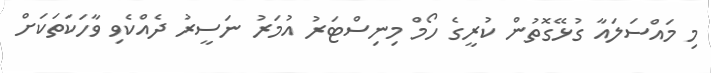
މި މައްސަލައާ ގުޅޭގޮތުން ކުރީގެ ހޯމް މިނިސްޓަރު އުމަރު ނަސީރު ދެއްކެވި ވާހަކަތަކަށް